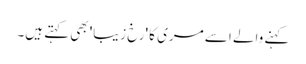
کہنے والے اسے مری کا 'رخ زیبا'بھی کہتے ہیں۔